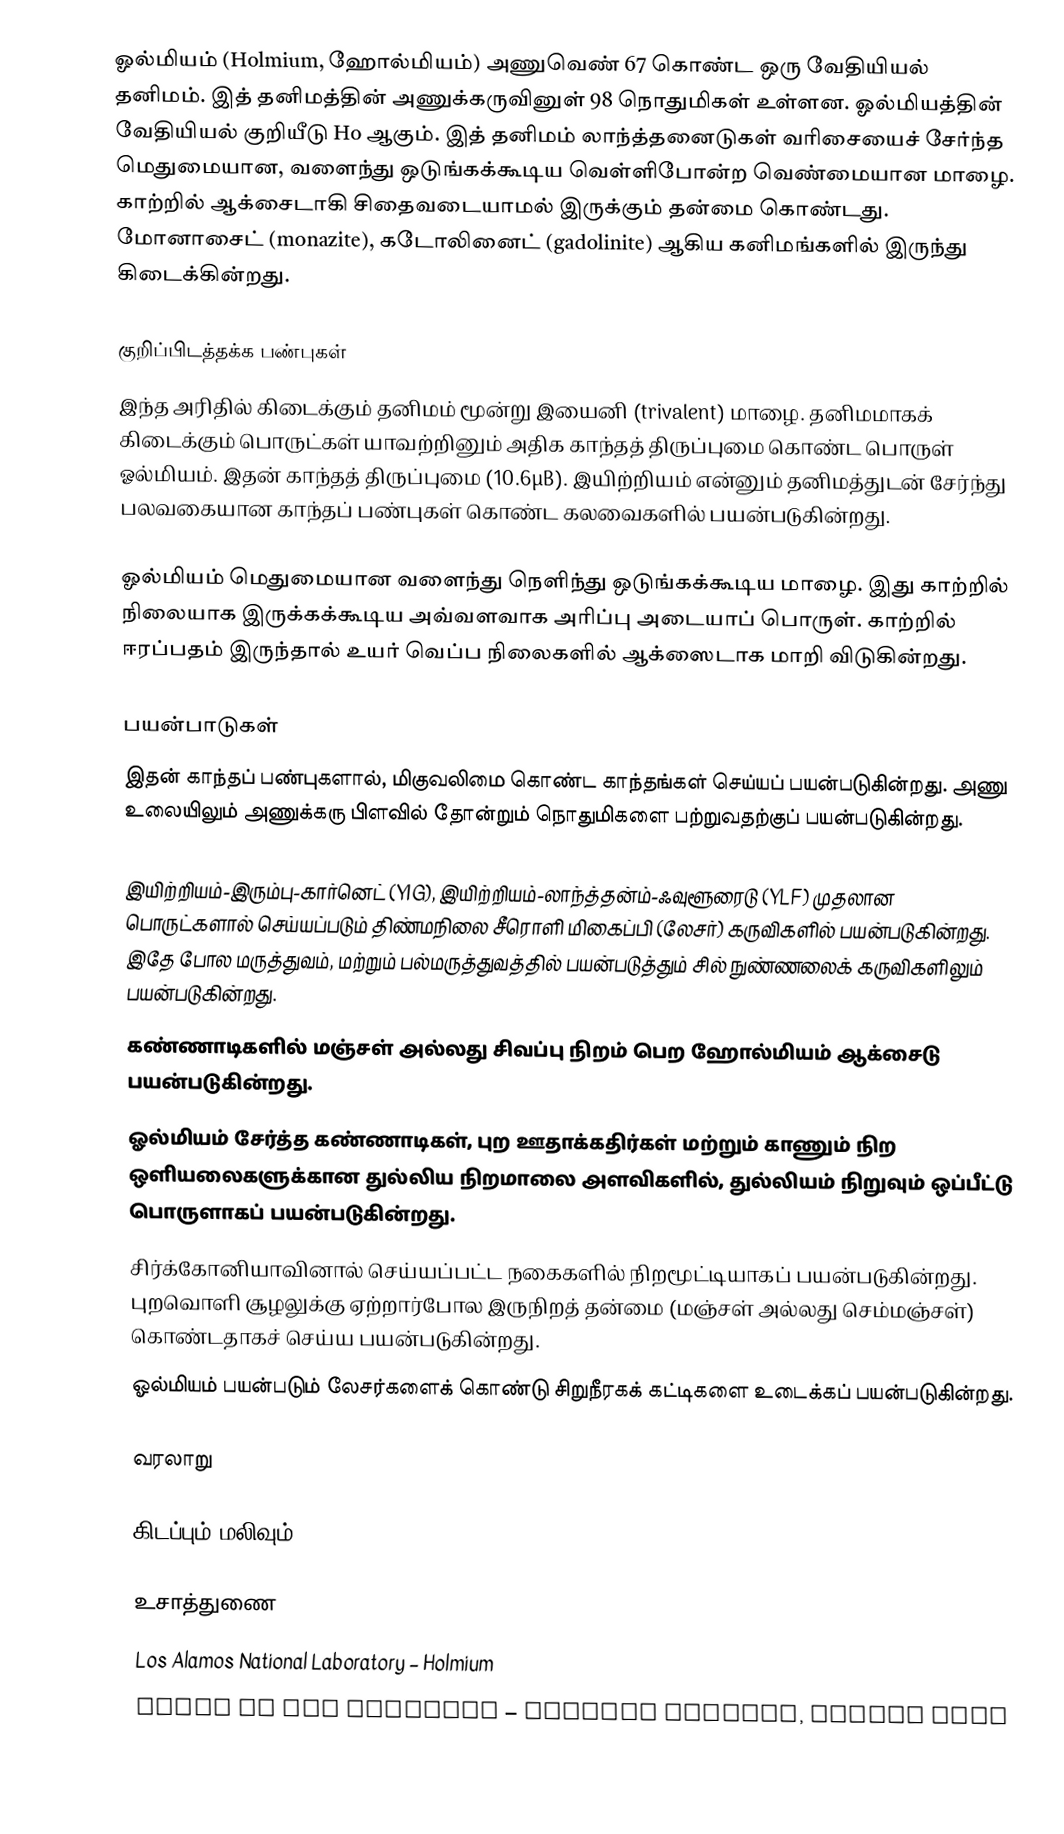
ஓல்மியம் (Holmium, ஹோல்மியம்) அணுவெண் 67 கொண்ட ஒரு வேதியியல் தனிமம். இத் தனிமத்தின் அணுக்கருவினுள் 98 நொதுமிகள் உள்ளன. ஓல்மியத்தின் வேதியியல் குறியீடு Ho ஆகும். இத் தனிமம் லாந்த்தனைடுகள் வரிசையைச் சேர்ந்த மெதுமையான, வளைந்து ஒடுங்கக்கூடிய வெள்ளிபோன்ற வெண்மையான மாழை. காற்றில் ஆக்சைடாகி சிதைவடையாமல் இருக்கும் தன்மை கொண்டது. மோனாசைட் (monazite), கடோலினைட் (gadolinite) ஆகிய கனிமங்களில் இருந்து கிடைக்கின்றது.

குறிப்பிடத்தக்க பண்புகள்
இந்த அரிதில் கிடைக்கும் தனிமம் மூன்று இயைனி (trivalent) மாழை. தனிமமாகக் கிடைக்கும் பொருட்கள் யாவற்றினும் அதிக காந்தத் திருப்புமை கொண்ட பொருள் ஓல்மியம். இதன் காந்தத் திருப்புமை (10.6µB). இயிற்றியம் என்னும் தனிமத்துடன் சேர்ந்து பலவகையான காந்தப் பண்புகள் கொண்ட கலவைகளில் பயன்படுகின்றது.

ஓல்மியம் மெதுமையான வளைந்து நெளிந்து ஒடுங்கக்கூடிய மாழை. இது காற்றில் நிலையாக இருக்கக்கூடிய அவ்வளவாக அரிப்பு அடையாப் பொருள். காற்றில் ஈரப்பதம் இருந்தால் உயர் வெப்ப நிலைகளில் ஆக்ஸைடாக மாறி விடுகின்றது.

பயன்பாடுகள்
இதன் காந்தப் பண்புகளால், மிகுவலிமை கொண்ட காந்தங்கள் செய்யப் பயன்படுகின்றது. அணு உலையிலும் அணுக்கரு பிளவில் தோன்றும் நொதுமிகளை பற்றுவதற்குப் பயன்படுகின்றது.

 இயிற்றியம்-இரும்பு-கார்னெட் (YIG), இயிற்றியம்-லாந்த்தன்ம்-ஃவுளூரைடு (YLF) முதலான பொருட்களால் செய்யப்படும் திண்மநிலை சீரொளி மிகைப்பி (லேசர்) கருவிகளில் பயன்படுகின்றது. இதே போல மருத்துவம், மற்றும் பல்மருத்துவத்தில் பயன்படுத்தும் சில் நுண்ணலைக் கருவிகளிலும் பயன்படுகின்றது.
 கண்ணாடிகளில் மஞ்சள் அல்லது சிவப்பு நிறம் பெற ஹோல்மியம் ஆக்சைடு பயன்படுகின்றது.
 ஓல்மியம் சேர்த்த கண்ணாடிகள், புற ஊதாக்கதிர்கள் மற்றும் காணும் நிற ஒளியலைகளுக்கான துல்லிய நிறமாலை அளவிகளில், துல்லியம் நிறுவும் ஒப்பீட்டு பொருளாகப் பயன்படுகின்றது.
 சிர்க்கோனியாவினால் செய்யப்பட்ட நகைகளில் நிறமூட்டியாகப் பயன்படுகின்றது. புறவொளி சூழலுக்கு ஏற்றார்போல இருநிறத் தன்மை (மஞ்சள் அல்லது செம்மஞ்சள்) கொண்டதாகச் செய்ய பயன்படுகின்றது.
 ஓல்மியம் பயன்படும் லேசர்களைக் கொண்டு சிறுநீரகக் கட்டிகளை உடைக்கப் பயன்படுகின்றது.

வரலாறு

கிடப்பும் மலிவும்

உசாத்துணை
 Los Alamos National Laboratory – Holmium
 Guide to the Elements – Revised Edition, Albert Stwe